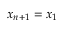
x _ { n + 1 } = x _ { 1 }